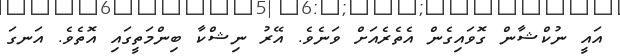
އައީ ނުކްޝާން ގޮވައިގެން އެތެރެއަށް ވަނެވެ. އޭރު ނިޝްކާ ބިންމަތީގައި އޮތެވެ. އަނގަ